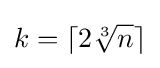
k=\lceil 2{\sqrt[{3}]{n}}\rceil